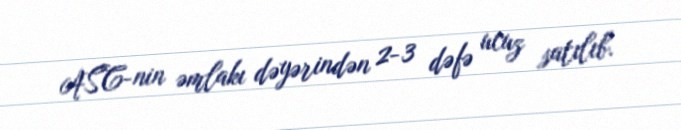
ASC-nin əmlakı dəyərindən 2-3 dəfə ucuz satılıb.